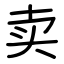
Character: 卖